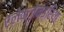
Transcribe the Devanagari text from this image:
ऐलेक्ज़ेन्ड्रिया